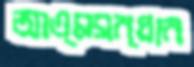
আত্মসন্ধান